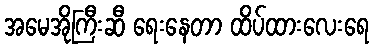
အမေအိုကြီးဆီ ရေးနေတာ ထိပ်ထားလေးရေ